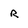
Character: R